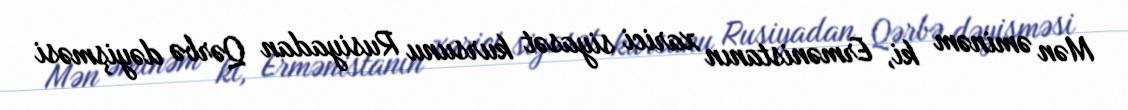
Mən əminəm ki, Ermənistanın xarici siyasət kursunu Rusiyadan Qərbə dəyişməsi